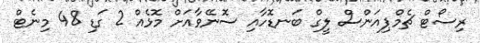
ރިސޯޓް ޗެމްޕިއަންސް ލީގް ބަނޑޮހާއި ސޮނޭވާއަށް މޮޅެއް 2 ގަޑި 48 މިނެޓް